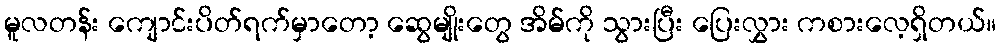
မူလတန်း ကျောင်းပိတ်ရက်မှာတော့ ဆွေမျိုးတွေ အိမ်ကို သွားပြီး ပြေးလွှား ကစားလေ့ရှိတယ်။